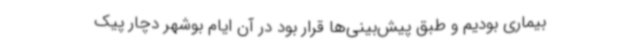
بیماری بودیم و طبق پیش‌بینی‌ها قرار بود در آن ایام بوشهر دچار پیک